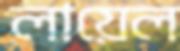
লায়েল